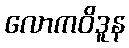
လောကဝိဒူန